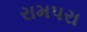
રામપરા